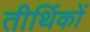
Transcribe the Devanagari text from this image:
तीर्थिकों